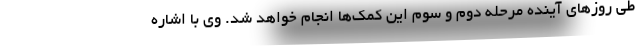
طی روزهای آینده مرحله دوم و سوم این کمک‌ها انجام خواهد شد. وی با اشاره